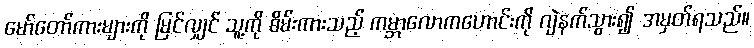
မော်တော်ကားများကို မြင်လျှင် သူ့ကို စိမ်းကားသည့် ကမ္ဘာလောကဟောင်းကို ဂျဲနက်သွား၍ အမှတ်ရသည်။